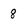
Character: 8